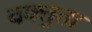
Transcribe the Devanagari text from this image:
वक्तुता